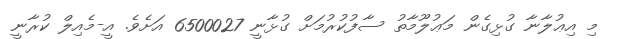
މި އިޢުލާނާ ގުޅިގެން މަޢުލޫމާތު ސާފުކުރުމަށް ގުޅާނީ 6500027 އަށެވެ. އީ-މެއިލް ކުރާނީ